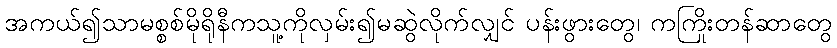
အကယ်၍သာမစ္စစ်မိုရိုနီကသူ့ကိုလှမ်း၍မဆွဲလိုက်လျှင် ပန်းဖွားတွေ၊ ကကြိုးတန်ဆာတွေ